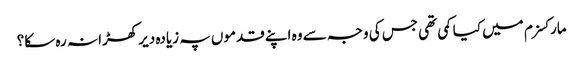
مارکسزم میں کیا کمی تھی جس کی وجہ سے وہ اپنے قدموں پہ زیادہ دیر کھڑا نہ رہ سکا؟